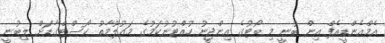
އެމްއެންޑީއެފް އިން ބުނީ މި ބޯޓުގެ އިންޖީނު ހުއްޓުނުކަމުގެ މައުލޫމާތު ކޯސްޓްގާޑަށް ލިބުނީ